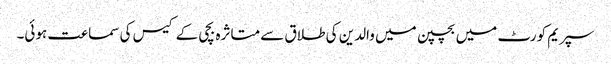
سپریم کورٹ میں بچپن میں والدین کی طلاق سے متاثرہ بچی کے کیس کی سماعت ہوئی۔